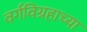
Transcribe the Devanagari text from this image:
वर्गविग्रहाच्या